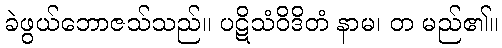
ခဲဖွယ်ဘောဇသ်သည်။ ပဋိသံဝိဒိတံ နာမ၊ တ မည်၏။